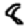
Digit: 8